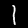
Label: 1